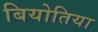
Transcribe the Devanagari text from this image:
बियोतिया